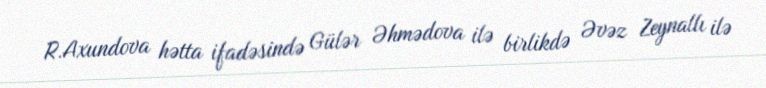
R.Axundova hətta ifadəsində Gülər Əhmədova ilə birlikdə Əvəz Zeynallı ilə